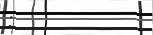
: